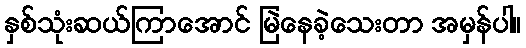
နှစ်သုံးဆယ်ကြာအောင် မြဲနေခဲ့သေးတာ အမှန်ပါ။